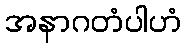
အနာဂတံပါဟံ